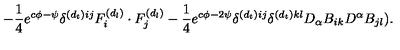
- \frac { 1 } { 4 } e ^ { c \phi - \psi } \delta ^ { ( d _ { t } ) i j } F _ { i } ^ { ( d _ { l } ) } \cdot F _ { j } ^ { ( d _ { l } ) } - \frac { 1 } { 4 } e ^ { c \phi - 2 \psi } \delta ^ { ( d _ { t } ) i j } \delta ^ { ( d _ { t } ) k l } D _ { \alpha } B _ { i k } D ^ { \alpha } B _ { j l } ) .